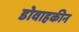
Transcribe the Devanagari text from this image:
डोवाहकीन